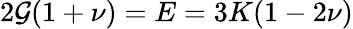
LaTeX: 2\mathcal{G}(1+\nu)=E=3K(1-2\nu)